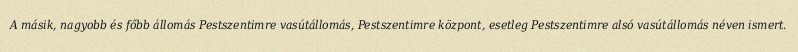
A másik, nagyobb és főbb állomás Pestszentimre vasútállomás, Pestszentimre központ, esetleg Pestszentimre alsó vasútállomás néven ismert.